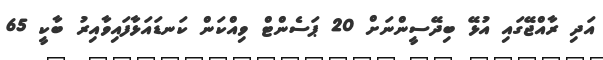
އަދި ރާއްޖޭގައި އުޅޭ ބިދޭސީންނަށް 20 ޕަސެންޓް ވިއްކަން ކަނޑައަޅާފައިވާއިރު ބާކީ 65